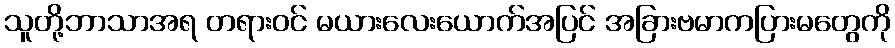
သူတို့ဘာသာအရ တရားဝင် မယားလေးယောက်အပြင် အခြားဗမာကပြားမတွေကို